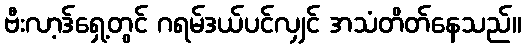
ဗီးလာ့ဒ်ရှေ့တွင် ဂရမ်ဒယ်ပင်လျှင် အသံတိတ်နေသည်။